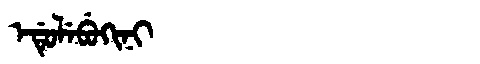
Manchu: ᡝᡩᡠᠯᡝᠪᡠᡴᡳᠨᡳ
Romanization: EDULEBUKINI